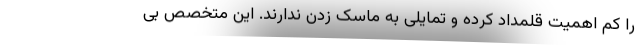
را کم اهمیت قلمداد کرده و تمایلی به ماسک زدن ندارند. این متخصص بی